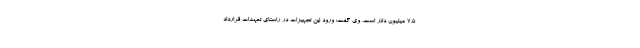
۷.۵ میلیون دلار است. وی گفت: ورود این تجهیزات در راستای تعهدات قرارداد